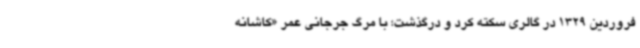
فروردین 1329 در گالری سکته کرد و درگذشت؛ با مرگ جرجانی عمر «کاشانه